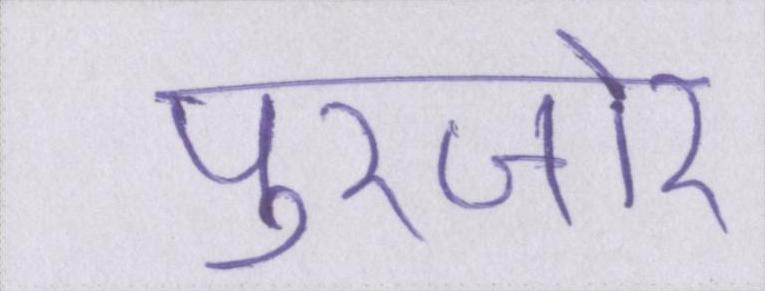
पुरजोर